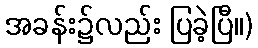
အခန်း၌လည်း ပြခဲ့ပြီ။)